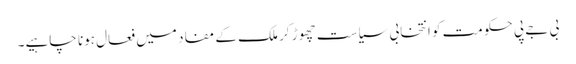
بی جے پی حکومت کو انتخابی سیاست چھوڑ کر ملک کے مفاد میں فعال ہونا چاہیے۔